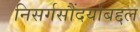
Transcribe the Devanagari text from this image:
निसर्गसौंदर्याबद्दल